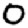
Digit: 0